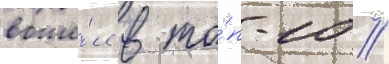
вошё́л в то́п-10 //